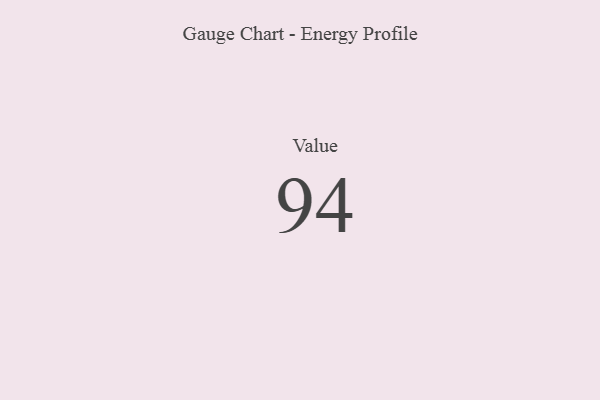
{"axis": {"x": "Metric", "y": "Value"}, "legend": [""], "data": [{"x": "Value", "y": 94, "type": ""}]}